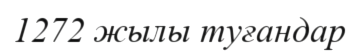
1272 жылы туғандар